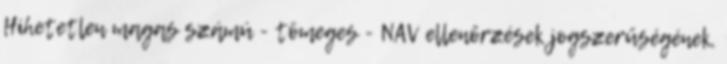
Hihetetlen magas számú - tömeges - NAV ellenőrzések jogszerűségének,